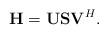
LaTeX: \begin{align*}{\bf H} = {\bf U} {\bf S}{\bf V}^H.\end{align*}